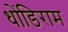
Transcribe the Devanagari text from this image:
धोंडिराम